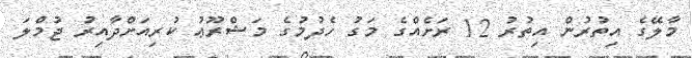
މާލޭގެ އިތުރުން އިތުރު 12 ރަށެއްގެ މަގު ހެދުމުގެ މަޝްރޫޢު ކުރިއަށްދާއިރު ޖުމްލަ